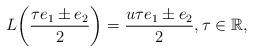
LaTeX: \begin{align*}L\biggl(\frac{\tau e_1 \pm e_2}{2}\biggr) =\frac{u\tau e_1 \pm e_2}{2}, \tau \in \mathbb R,\end{align*}